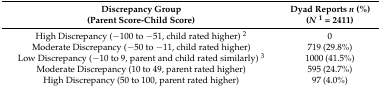
| Discrepancy Group (Parent Score-Child Score) | Dyad Reports n (%) (N1 = 2411) |
 | --- | --- |
 | High Discrepancy (−100 to −51, child rated higher) 2 | 0 |
 | Moderate Discrepancy (−50 to −11, child rated higher) | 719 (29.8%) |
 | Low Discrepancy (−10 to 9, parent and child rated similarly) 3 | 1000 (41.5%) |
 | Moderate Discrepancy (10 to 49, parent rated higher) | 595 (24.7%) |
 | High Discrepancy (50 to 100, parent rated higher) | 97 (4.0%) |